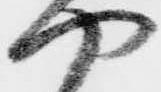
や